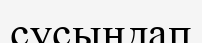
сусындап